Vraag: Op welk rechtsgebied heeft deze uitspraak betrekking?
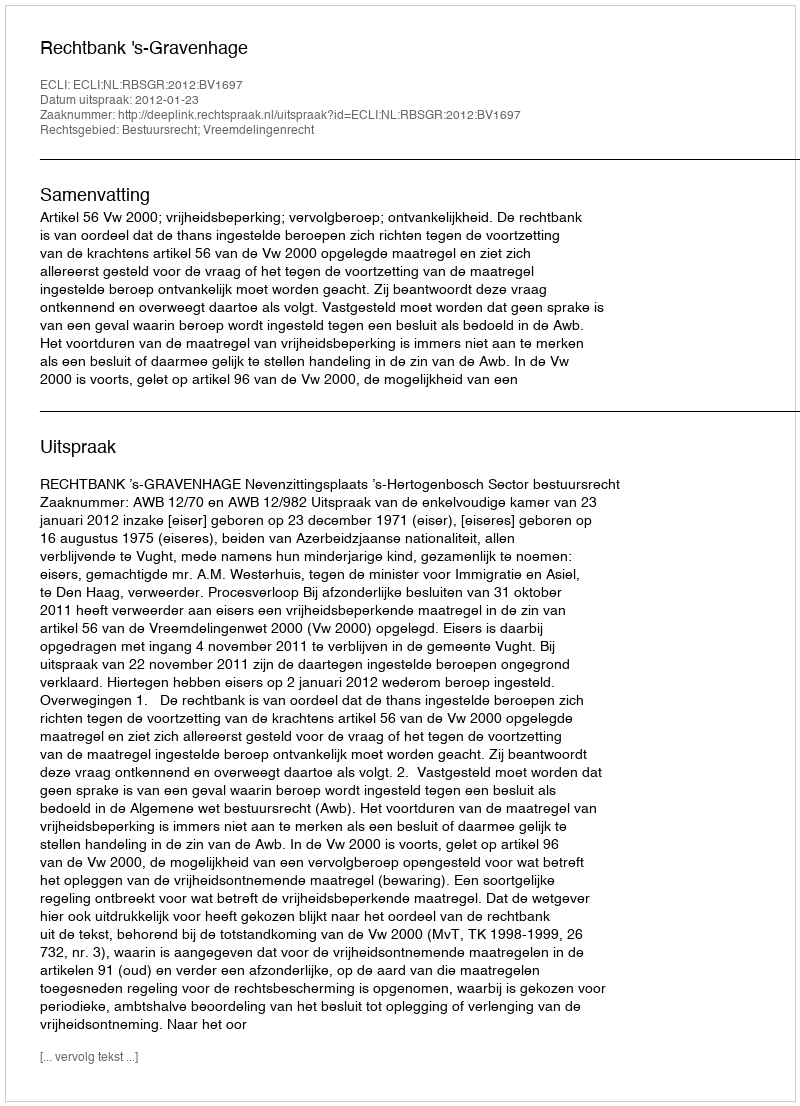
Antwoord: Bestuursrecht; Vreemdelingenrecht